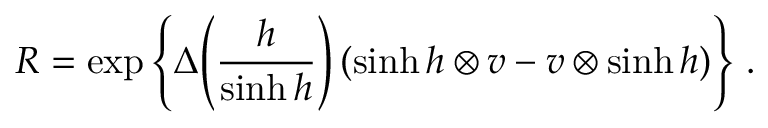
{ \cal R } = \exp \left\{ \Delta \! \left( \frac { h } { \sinh h } \right) ( \sinh h \otimes v - v \otimes \sinh h ) \right\} \, .